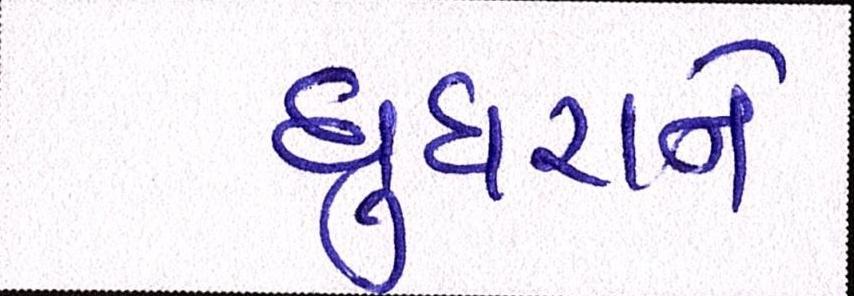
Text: ઘુઘરાને